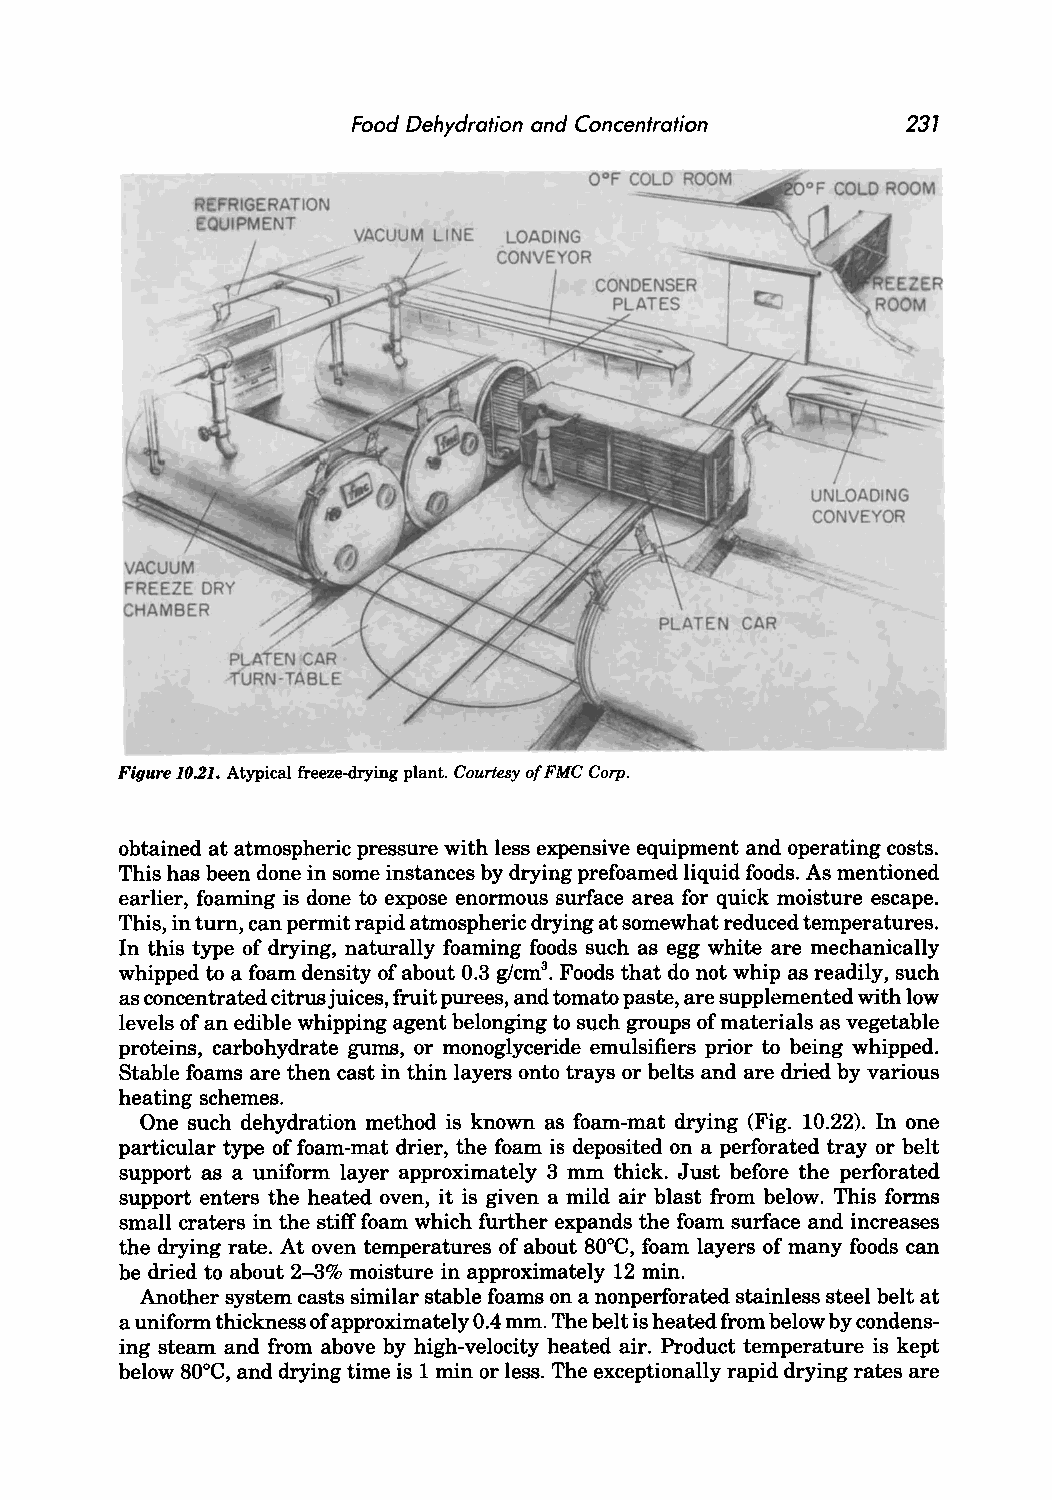
Food Dehydration and Concentration   237
 O°F COLD ROOM
 Figure 10.21. Atypical freeze-drying plant. Courtesy of FMC Corp.
 obtained at atmospheric pressure with less expensive equipment and operating costs.
 This has been done in some instances by drying prefoamed liquid foods. As mentioned
 earlier, foaming is done to expose enormous surface area for quick moisture escape.
 This, in turn, can permit rapid atmospheric drying at somewhat reduced temperatures.
 In this type of drying, naturally foaming foods such as egg white are mechanically
 whipped to a foam density of about 0.3 g/cm3• Foods that do not whip as readily, such
 as concentrated citrus juices, fruit purees, and tomato paste, are supplemented with low
 levels of an edible whipping agent belonging to such groups of materials as vegetable
 proteins, carbohydrate gums, or monoglyceride emulsifiers prior to being whipped.
 Stable foams are then cast in thin layers onto trays or belts and are dried by various
 heating schemes.
 One such dehydration method is known as foam-mat drying (Fig. 10.22). In one
 particular type of foam-mat drier, the foam is deposited on a perforated tray or belt
 support as a uniform layer approximately 3 mm thick. Just before the perforated
 support enters the heated oven, it is given a mild air blast from below. This forms
 small craters in the stiff foam which further expands the foam surface and increases
 the drying rate. At oven temperatures of about 80°C, foam layers of many foods can
 be dried to about 2-3% moisture in approximately 12 min.
 Another system casts similar stable foams on a nonperforated stainless steel belt at
 a uniform thickness of approximately 0.4 mm. The belt is heated from below by condens
 ing steam and from above by high-velocity heated air. Product temperature is kept
 below 80°C, and drying time is 1 min or less. The exceptionally rapid drying rates are